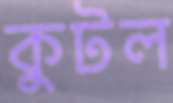
কুটল